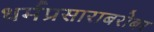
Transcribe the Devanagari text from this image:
धर्मप्रसाराबरोबर